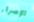
الإصرار